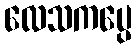
လေသကပ္ပေ